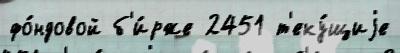
фо́ндовой б'и́рже 2451 т'еку́щиjе